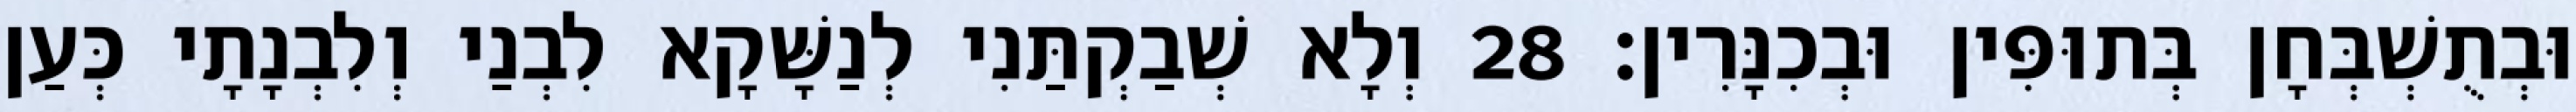
וּבְתֻשְׁבְּחָן בְּתוּפִּין וּבְכִנָּרִין׃ 28 וְלָא שְׁבַקְתַּנִי לְנַשָּׁקָא לִבְנַי וְלִבְנָתָי כְּעַן